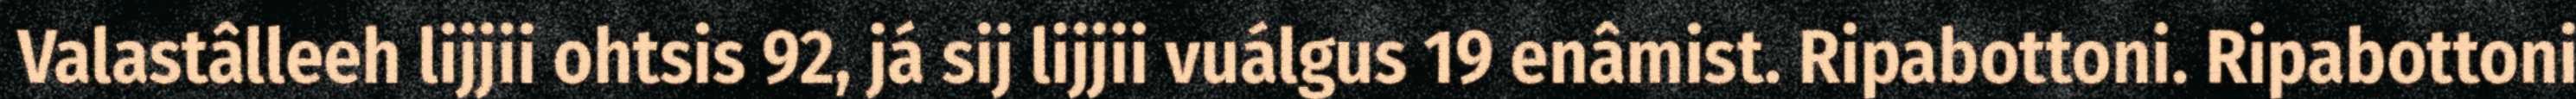
Valastâlleeh lijjii ohtsis 92, já sij lijjii vuálgus 19 enâmist. Ripabottoni. Ripabottoni